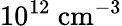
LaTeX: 10^{12}~\textrm{cm}^{-3}